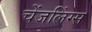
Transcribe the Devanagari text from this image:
चेंजलिंग्स